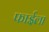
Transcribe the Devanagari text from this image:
फाईला